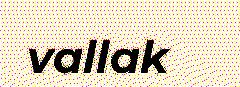
vallak